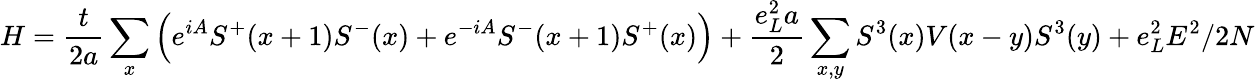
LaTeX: H=\frac{t}{2a}\sum_{x}\left(e^{iA}S^{+}(x+1)S^{-}(x)+e^{-iA}S^{-}(x+1)S^{+}(x)\right)+\frac{e_{L}^{2}a}{2}\sum_{x,y}S^{3}(x)V(x-y)S^{3}(y)+e_{L}^{2}E^{2}/2N